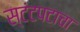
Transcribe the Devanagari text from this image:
स्टंटपटाचा